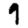
Digit: 9